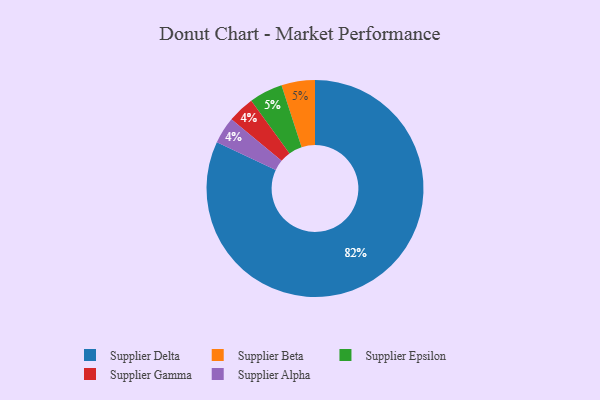
{"axis": {"x": "Category", "y": "Percentage"}, "legend": ["Supplier Alpha", "Supplier Beta", "Supplier Delta", "Supplier Epsilon", "Supplier Gamma"], "data": [{"x": "Supplier Gamma", "y": 4, "type": "Supplier Gamma"}, {"x": "Supplier Beta", "y": 5, "type": "Supplier Beta"}, {"x": "Supplier Epsilon", "y": 5, "type": "Supplier Epsilon"}, {"x": "Supplier Alpha", "y": 4, "type": "Supplier Alpha"}, {"x": "Supplier Delta", "y": 82, "type": "Supplier Delta"}]}